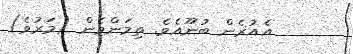
އެއުރެން ބުނޫއެވެ. ތިމަންމެން (މަރުވެ)